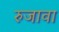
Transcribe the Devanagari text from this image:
रुजावा